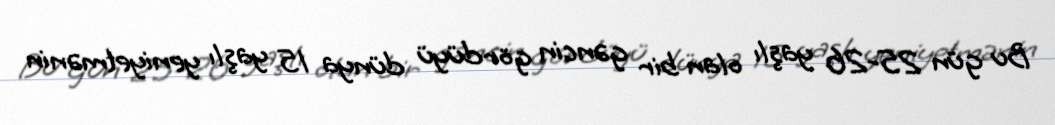
Bu gün 25-26 yaşlı olan bir gəncin gördüyü dünya 15 yaşlı yeniyetmənin